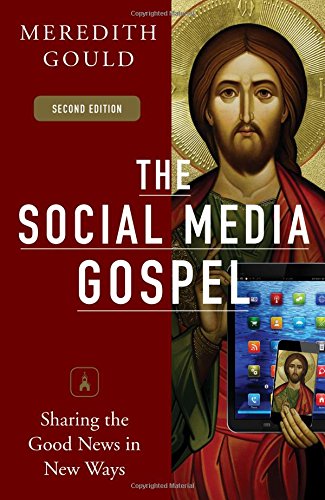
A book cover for The Social Media Gospel: Sharing the Good News in New Ways; Meredith Gould; Computers & Technology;